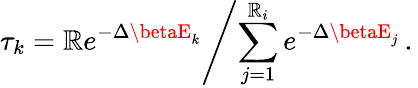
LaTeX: \left.\tau_{k}=\mathbb{R}e^{-\Delta\betaE_{k}}\middle/\sum_{j=1}^{\mathbb{R}_{i}}e^{-\Delta\betaE_{j}}\, .\right.